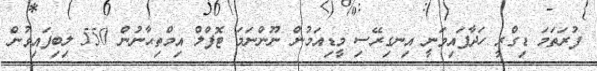
ފުރަތަމަ ޑިގްރީ ހަދާފައިވަނީ އިނގިރޭސި މީޑިއަމުން ނޫންނަމަ ޓޮފްލް އިމްތިޙާނުން 550 ލިބިފައިވުން